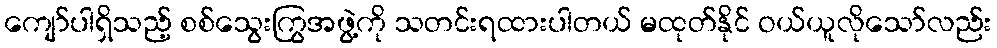
ကျော်ပါရှိသည့် စစ်သွေးကြွအဖွဲ့ကို သတင်းရထားပါတယ် မထုတ်နိုင် ဝယ်ယူလိုသော်လည်း